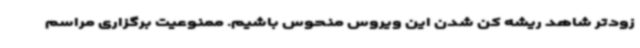
زودتر شاهد ریشه کن شدن این ویروس منحوس باشیم. ممنوعیت برگزاری مراسم